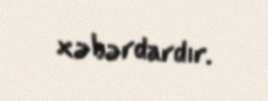
xəbərdardır.